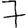
Digit: 7